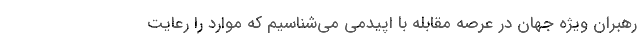
رهبران ویژه جهان در عرصه مقابله با اپیدمی می‌شناسیم که موارد را رعایت